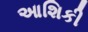
આશિકી